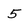
Character: 5